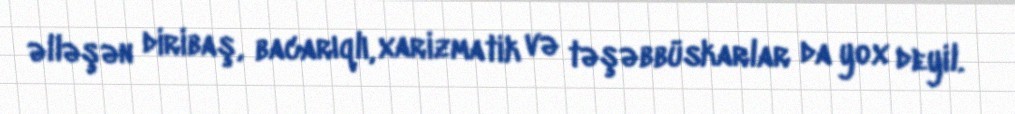
əlləşən diribaş, bacarıqlı, xarizmatik və təşəbbüskarlar da yox deyil.